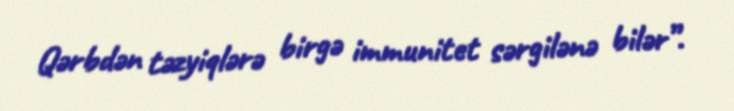
Qərbdən təzyiqlərə birgə immunitet sərgilənə bilər”.